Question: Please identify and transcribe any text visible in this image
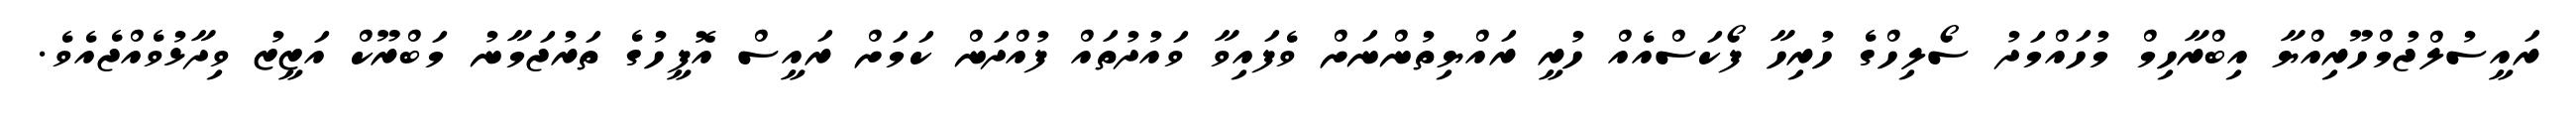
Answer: ރައީސުލްޖުމްހޫރިއްޔާ އިބްރާހިމް މުހައްމަދު ސޯލިހްގެ ހުރިހާ ފޯކަސްއެއް ހުރީ ރައްޔިތުންނަށް ވެފައިވާ ވައުދުތައް ފުއްދަން ކަމަށް ރައީސް އޮފީހުގެ ތަރުޖަމާނު މަބްރޫކް އަޒީޒު ވިދާޅުވެއްޖެއެވެ.